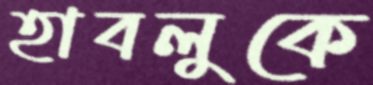
হাবলুকে